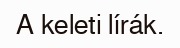
A keleti lírák.